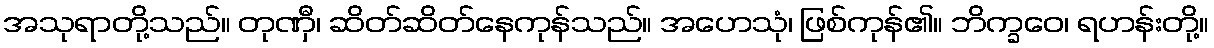
အသုရာတို့သည်။ တုဏှီ၊ ဆိတ်ဆိတ်နေကုန်သည်။ အဟေသုံ၊ ဖြစ်ကုန်၏။ ဘိက္ခဝေ၊ ရဟန်းတို့။